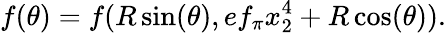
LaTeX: f(\theta)=f(R\sin(\theta),ef_{\pi}x_{2}^{4}+R\cos(\theta)).